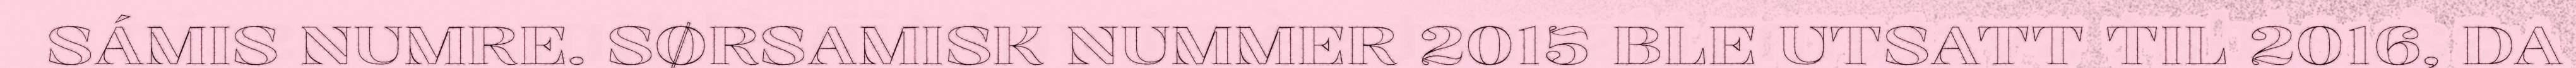
SÁMIS NUMRE. SØRSAMISK NUMMER 2015 BLE UTSATT TIL 2016, DA